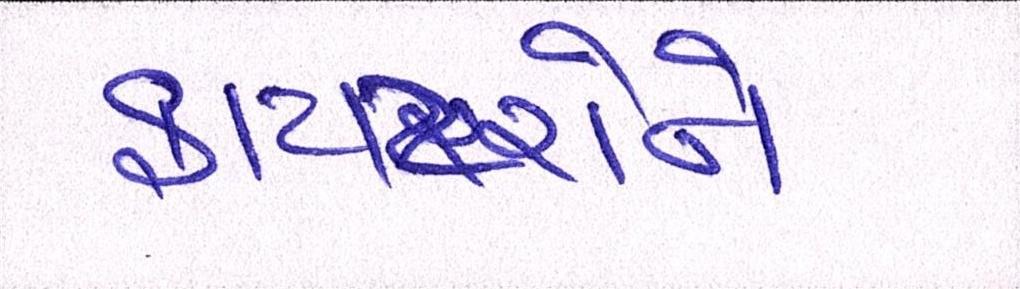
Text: ફાયટરોને